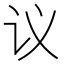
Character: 议